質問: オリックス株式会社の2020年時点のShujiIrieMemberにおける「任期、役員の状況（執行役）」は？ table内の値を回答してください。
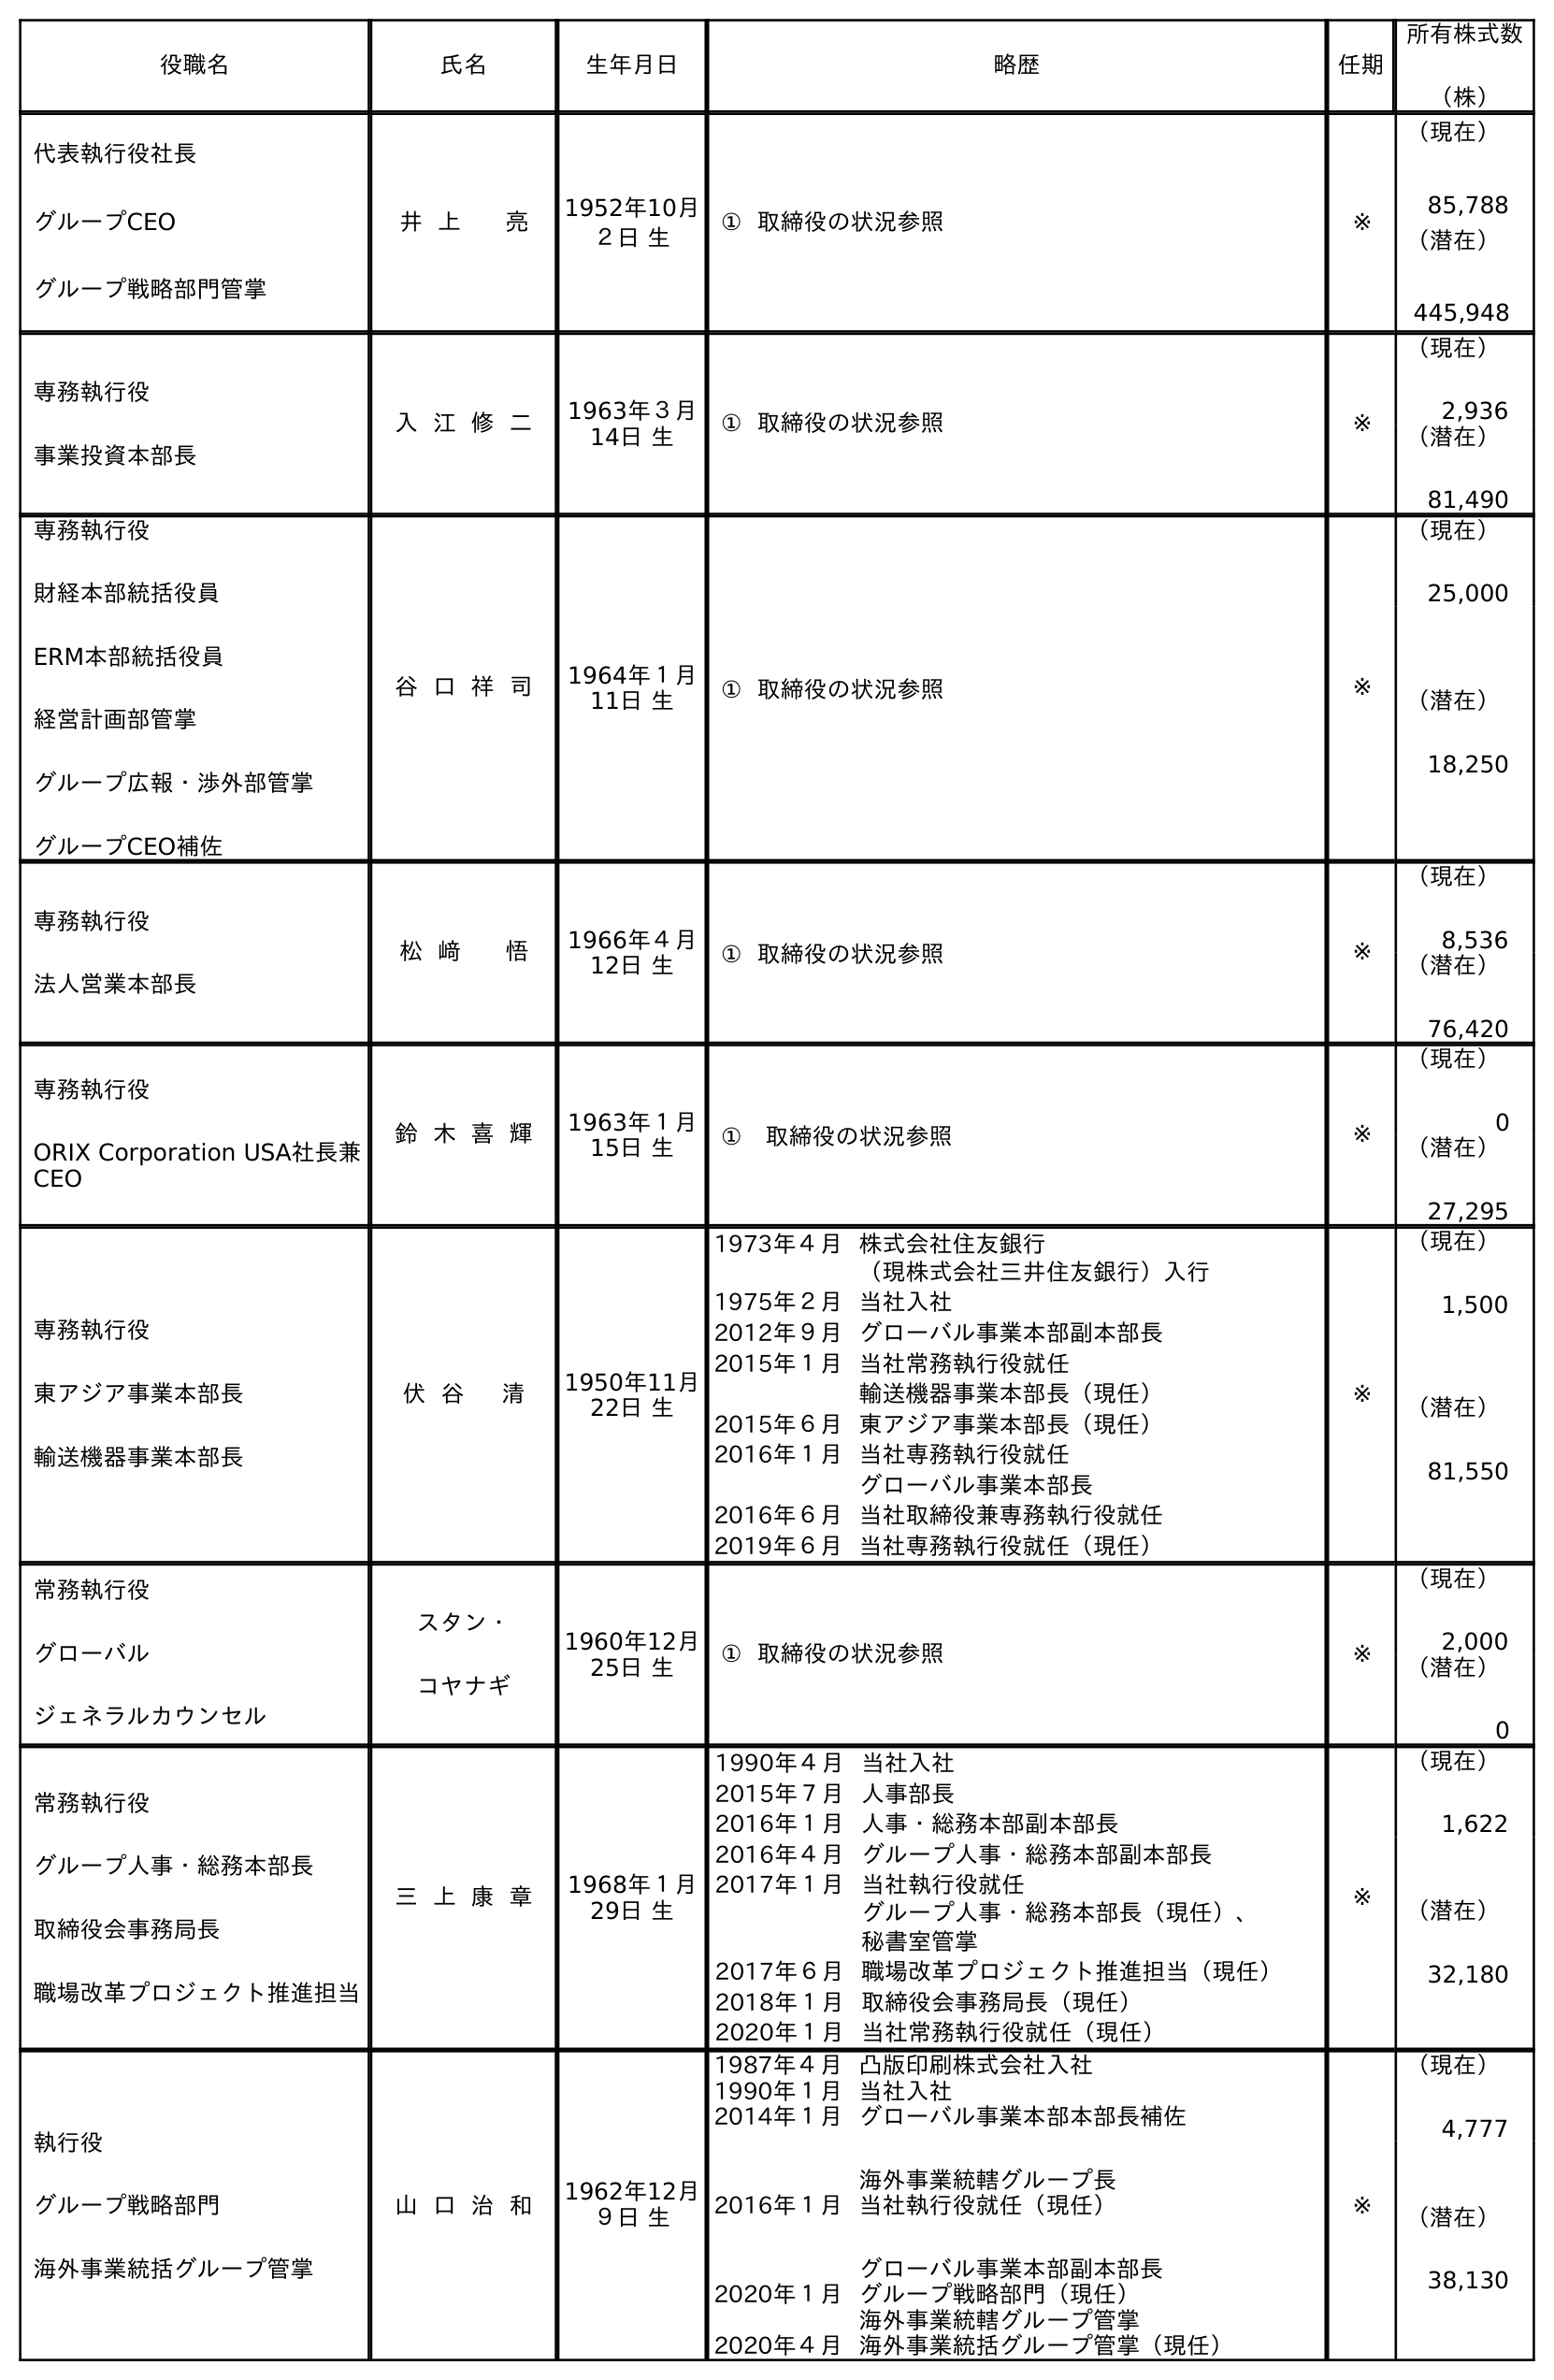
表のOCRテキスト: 役職名 氏名 生年月日 略歴 任期 所有株式数 （株） 代表執行役社長 グループCEO グループ戦略部門管掌 井 上 亮 1952年10月 ２日 生 ① 取締役の状況参照 ※ （現在） 85,788 （潜在） 445,948 専務執行役 事業投資本部長 入 江 修 二 1963年３月 14日 生 ① 取締役の状況参照 ※ （現在） 2,936 （潜在） 81,490 専務執行役 財経本部統括役員 ERM本部統括役員 経営計画部管掌 グループ広報・渉外部管掌 グループCEO補佐 谷 口 祥 司 1964年１月 11日 生 ① 取締役の状況参照 ※ （現在） 25,000 （潜在） 18,250 専務執行役 法人営業本部長 松 﨑 悟 1966年４月 12日 生 ① 取締役の状況参照 ※ （現在） 8,536 （潜在） 76,420 専務執行役 ORIX Corporation USA社長兼 CEO 鈴 木 喜 輝 1963年１月 15日 生 ① 取締役の状況参照 ※ （現在） 0 （潜在） 27,295 専務執行役 東アジア事業本部長 輸送機器事業本部長 伏 谷 清 1950年11月 22日 生 1973年４月株式会社住友銀行 （現株式会社三井住友銀行）入行 1975年２月当社入社 2012年９月グローバル事業本部副本部長 2015年１月当社常務執行役就任 輸送機器事業本部長（現任） 2015年６月東アジア事業本部長（現任） 2016年１月当社専務執行役就任 グローバル事業本部長 2016年６月当社取締役兼専務執行役就任 2019年６月当社専務執行役就任（現任） ※ （現在） 1,500 （潜在） 81,550 常務執行役 グローバル ジェネラルカウンセル スタン・ コヤナギ 1960年12月 25日 生 ① 取締役の状況参照 ※ （現在） 2,000 （潜在） 0 常務執行役 グループ人事・総務本部長 取締役会事務局長 職場改革プロジェクト推進担当 三 上 康 章 1968年１月 29日 生 1990年４月当社入社 2015年７月人事部長 2016年１月人事・総務本部副本部長 2016年４月グループ人事・総務本部副本部長 2017年１月当社執行役就任 グループ人事・総務本部長（現任）、 秘書室管掌 2017年６月職場改革プロジェクト推進担当（現任） 2018年１月取締役会事務局長（現任） 2020年１月当社常務執行役就任（現任） ※ （現在） 1,622 （潜在） 32,180 執行役 グループ戦略部門 海外事業統括グループ管掌 山 口 治 和 1962年12月 ９日 生 1987年４月凸版印刷株式会社入社 1990年１月当社入社 2014年１月グローバル事業本部本部長補佐 海外事業統轄グループ長 2016年１月当社執行役就任（現任） グローバル事業本部副本部長 2020年１月グループ戦略部門（現任） 海外事業統轄グループ管掌 2020年４月海外事業統括グループ管掌（現任） ※ （現在） 4,777 （潜在） 38,130
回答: ※